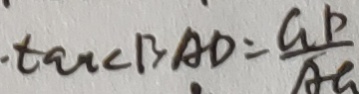
\tan \angle B A D = \frac { G D } { A G }